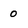
Character: 0